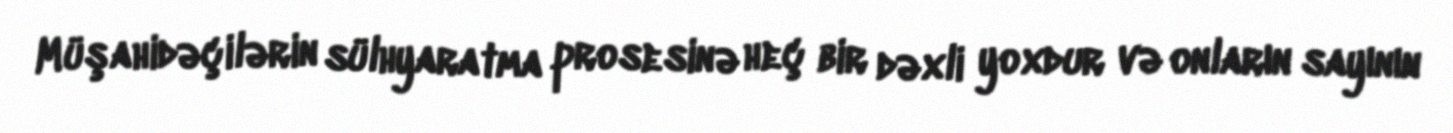
Müşahidəçilərin sülhyaratma prosesinə heç bir dəxli yoxdur və onların sayının